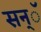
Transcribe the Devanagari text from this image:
सन्ॅ